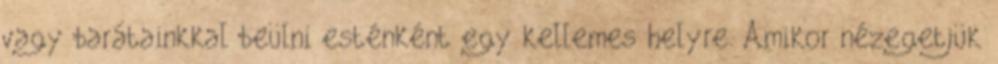
vagy barátainkkal beülni esténként egy kellemes helyre. Amikor nézegetjük